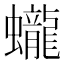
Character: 蠬